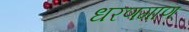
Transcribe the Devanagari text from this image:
धरणगाण